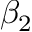
\beta _ { 2 }